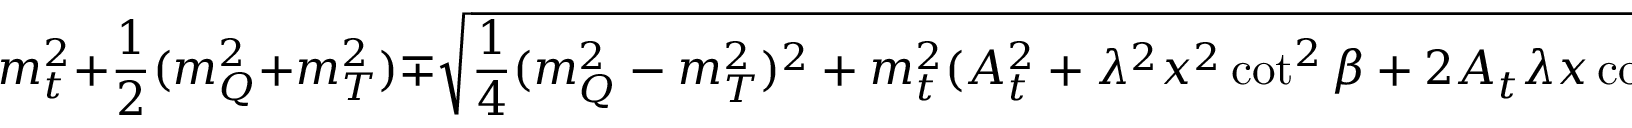
m _ { t } ^ { 2 } + { \frac { 1 } { 2 } } ( m _ { Q } ^ { 2 } + m _ { T } ^ { 2 } ) \mp \sqrt { { \frac { 1 } { 4 } } ( m _ { Q } ^ { 2 } - m _ { T } ^ { 2 } ) ^ { 2 } + m _ { t } ^ { 2 } ( A _ { t } ^ { 2 } + \lambda ^ { 2 } x ^ { 2 } \cot ^ { 2 } \beta + 2 A _ { t } \lambda x \cot \beta \cos \phi ) } \ ,